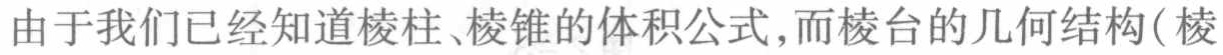
由于我们已经知道棱柱、棱锥的体积公式,而棱台的几何结构(棱